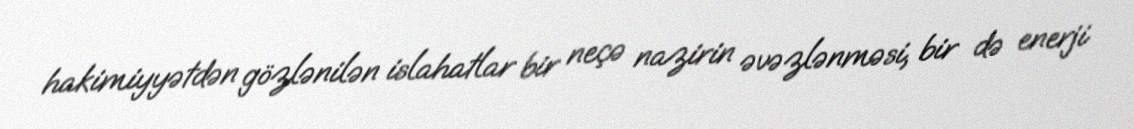
hakimiyyətdən gözlənilən islahatlar bir neçə nazirin əvəzlənməsi, bir də enerji